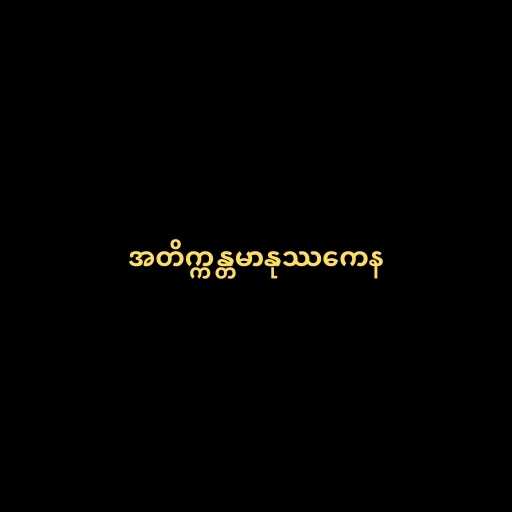
အတိက္ကန္တမာနုဿကေန